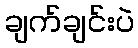
ချက်ချင်းပဲ